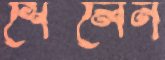
শৈলেন